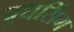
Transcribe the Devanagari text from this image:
बुधसिंग